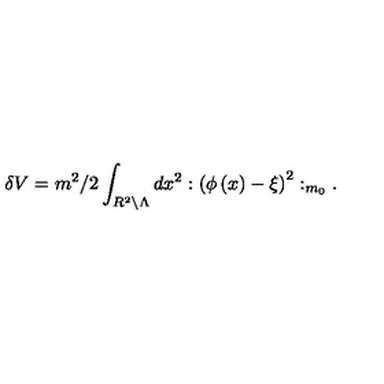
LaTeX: \delta V = m ^ { 2 } / 2 \int _ { R ^ { 2 } \backslash \Lambda } d x ^ { 2 } : \left( \phi \left( x \right) - \xi \right) ^ { 2 } : _ { m _ { 0 } } .